Vaccine operations Central Provinces 1900-1911 - 1900-1911
Year: 1900
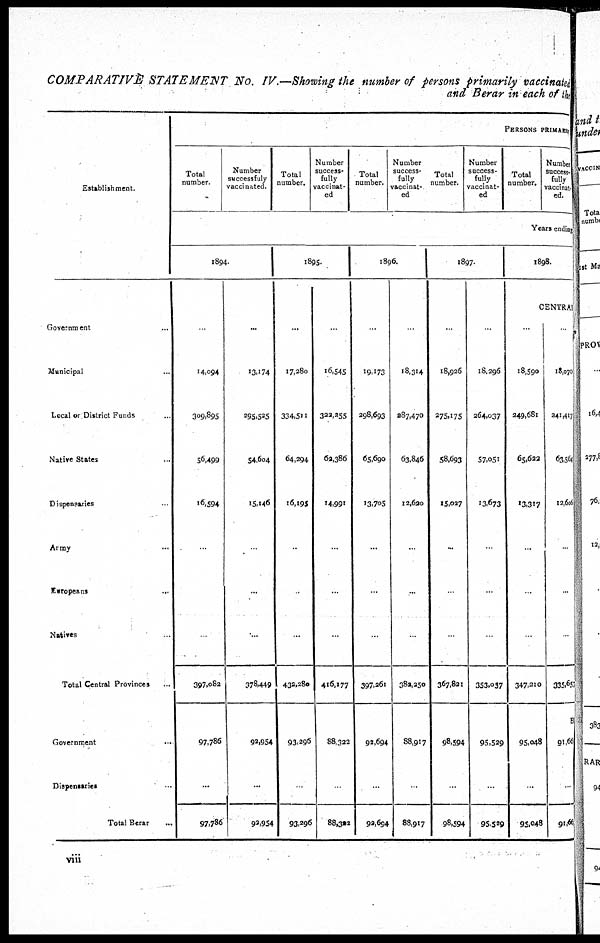
COMPARATIVE STATEMENT No. IV.—Showing the number of persons primarily vaccinated
and Berar in each of the
Establishment.
Government ...
Municipal ...
Local or District Funds ...
Native States ...
Dispensaries ...
Army ...
Europeans ...
Natives ...
Total Central Provinces ...
Government ...
Dispensaries ...
Total Berar ...
PERSONS PRIMARY
Total
number.
Number
successfuly
vaccinated.
Total
number.
Number
success-
fully
vaccinat-
ed
Total
number.
Number
success-
fully
vaccinat-
ed
Total
number.
Number
success-
fully
vaccinat-
ed
Total
number.
Number
success-
fully
vaccinat
ed.
Years ending
1894.
...
14,094
309,895
56,499
16,594
...
...
..
397,082
97,786
...
97,786
...
13,174
295,525
54,604
15,146
.
...
...
378,449
92,954
...
93,954
1895
...
17,280
334,511
64,294
16,195
..
.
...
432,280
93,296
..
93,296
...
16,545
322,255
62,386
14,991
...
...
...
416,177
88,322
..
88,322
1896.
...
19,173
298,693
65,690
13,705
...
...
...
397,261
92,694
...
92,694
...
18,314
287,470
63,846
12,620
...
...
..
382,250
88,917
...
38,917
1897.
..
18,926
275,175
58,693
15,027
...
.
...
367,821
98,594
...
98,594
...
18,296
264,037
57,051
13,673
..
...
..
353,057
95,529
...
95,529
1898.
CENTRAL
...
18,590
249,681
65,622
13,317
...
..
..
347,210
95,048
...
95,048
...
18,070
241,417
63,564
12,606
...
...
..
335,657
91,661
91,661
viii